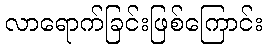
လာရောက်ခြင်းဖြစ်ကြောင်း